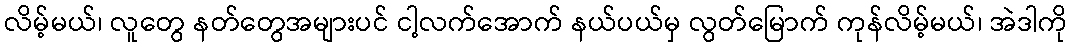
လိမ့်မယ်၊ လူတွေ နတ်တွေအများပင် ငါ့လက်အောက် နယ်ပယ်မှ လွတ်မြောက် ကုန်လိမ့်မယ်၊ အဲဒါကို